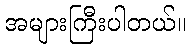
အများကြီးပါတယ်။